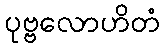
ပုဗ္ဗလောဟိတံ